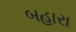
બહારા